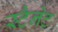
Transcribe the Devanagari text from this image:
स्टैनेट